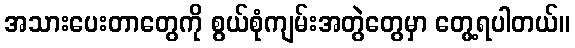
အသားပေးတာတွေကို စွယ်စုံကျမ်းအတွဲတွေမှာ တွေ့ရပါတယ်။